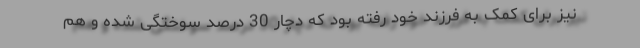
نیز برای کمک به فرزند خود رفته بود که دچار 30 درصد سوختگی شده و هم